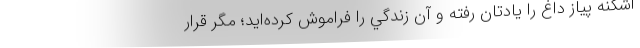
اشكنه پياز داغ را يادتان رفته و آن زندگي را فراموش كرده‌ايد؛ مگر قرار